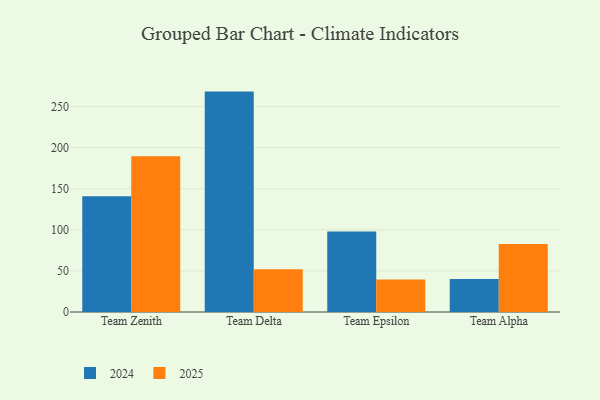
{"axis": {"x": "Team", "y": "Page Views"}, "legend": ["2024", "2025"], "data": [{"x": "Team Zenith", "y": 141.0, "type": "2024"}, {"x": "Team Zenith", "y": 189.5, "type": "2025"}, {"x": "Team Delta", "y": 268.3, "type": "2024"}, {"x": "Team Delta", "y": 52.1, "type": "2025"}, {"x": "Team Epsilon", "y": 98.0, "type": "2024"}, {"x": "Team Epsilon", "y": 39.7, "type": "2025"}, {"x": "Team Alpha", "y": 40.2, "type": "2024"}, {"x": "Team Alpha", "y": 82.7, "type": "2025"}]}